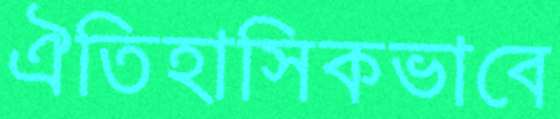
ঐতিহাসিকভাবে